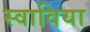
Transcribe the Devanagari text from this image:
स्वाविया